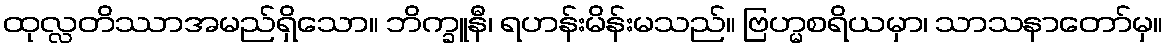
ထုလ္လတိဿာအမည်ရှိသော။ ဘိက္ခူနီ၊ ရဟန်းမိန်းမသည်။ ဗြဟ္မစရိယမှာ၊ သာသနာတော်မှ။